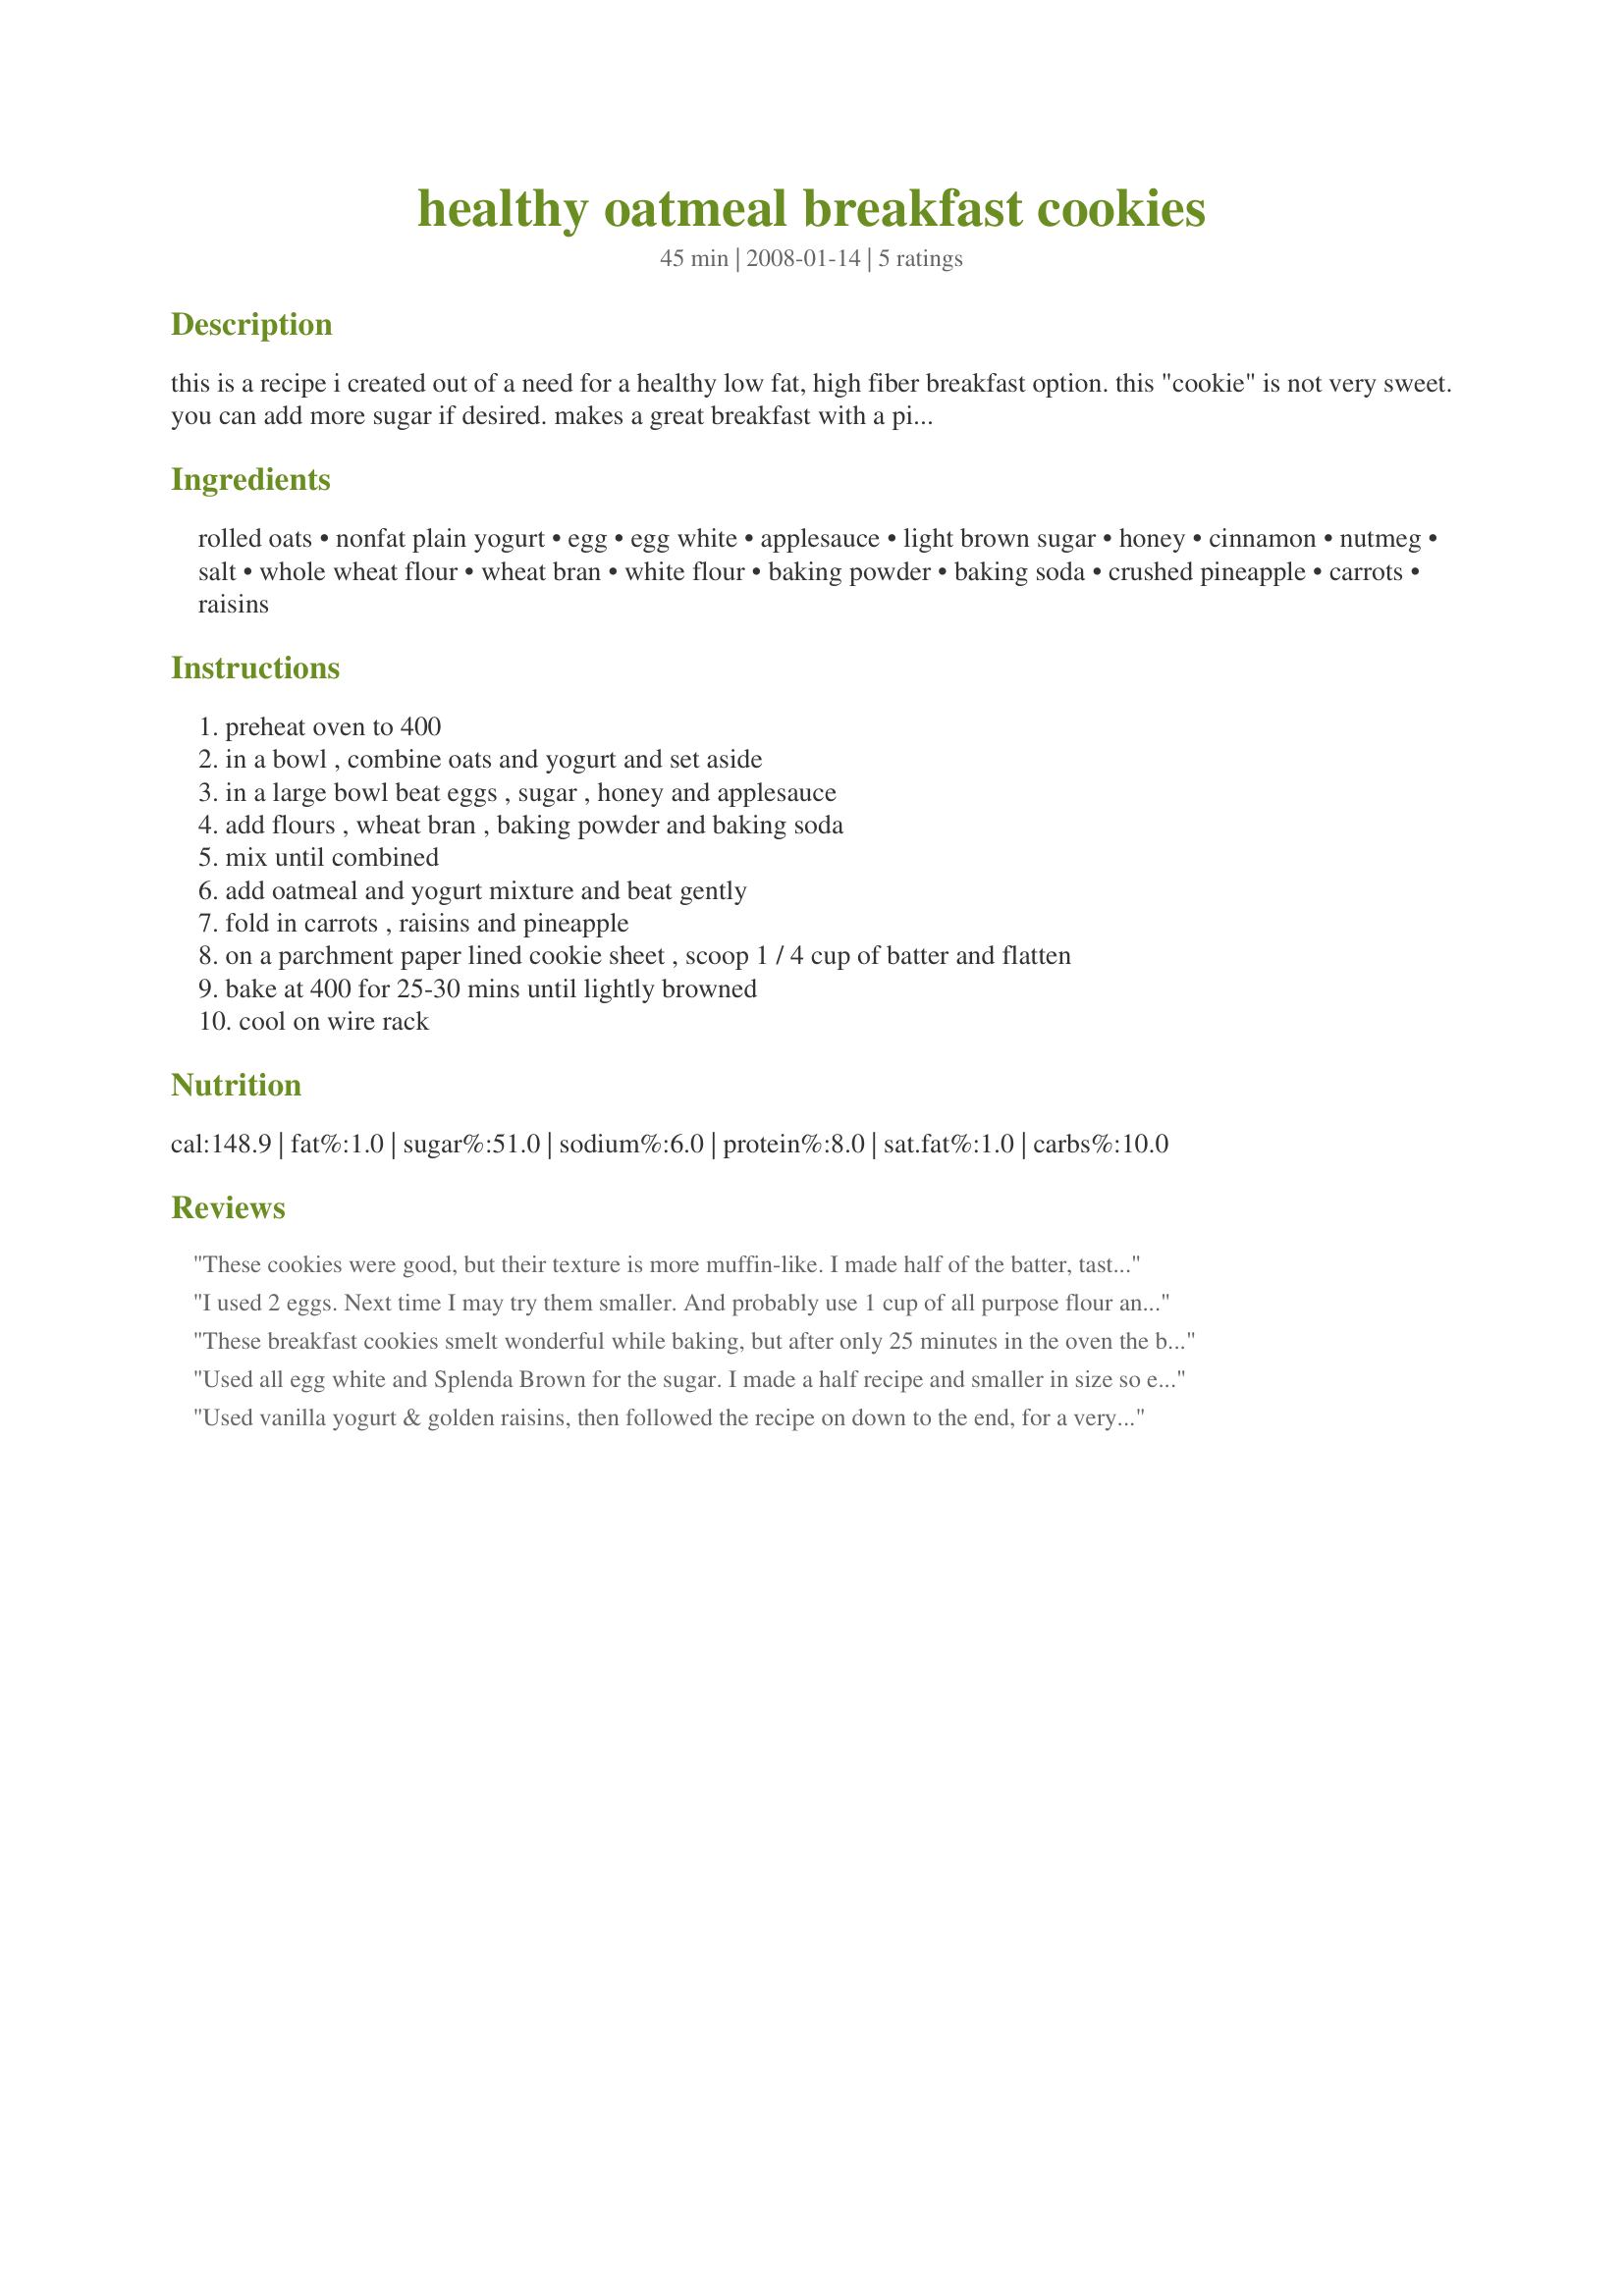
healthy oatmeal breakfast cookies
Preparation time: 45 minutes

this is a recipe i created out of a need for a healthy low fat, high fiber breakfast option. this "cookie" is not very sweet. you can add more sugar if desired. makes a great breakfast with a piece of fruit.

Ingredients:
rolled oats, nonfat plain yogurt, egg, egg white, applesauce, light brown sugar, honey, cinnamon, nutmeg, salt, whole wheat flour, wheat bran, white flour, baking powder, baking soda, crushed pineapple, carrots, raisins

Steps:
preheat oven to 400, in a bowl , combine oats and yogurt and set aside, in a large bowl beat eggs , sugar , honey and applesauce, add flours , wheat bran , baking powder and baking soda, mix until combined, add oatmeal and yogurt mixture and beat gently, fold in carrots , raisins and pineapple, on a parchment paper lined cookie sheet , scoop 1 / 4 cup of batter and flatten, bake at 400 for 25-30 mins until lightly browned, cool on wire rack

Reviews:
These cookies were good, but their texture is more muffin-like.

I made half of the batter, tasted them and then added another 1/4c. of brown sugar to the other half of the batter.

If I make these again I will definitely add more sugar!
I used 2 eggs. Next time I may try them smaller. And probably use 1 cup of all purpose flour and reduce by 1/2 cup the whole wheat flour. My son didn't like them probably because they're too healthy. But they're filling. I baked them 20 minutes and they were ready. Thanks healthycook :) Made for PAC Fall 2011
These breakfast cookies smelt wonderful while baking, but after only 25 minutes in the oven the bottoms of these cookies had burnt. All in all, for a healthy/high fiber breakfast cookie this was fairly good. I'm not certain if I will make again, but I am definately glad that I tried them. Thanks for sharing this recipe that you personally created yourself.
Used all egg white and Splenda Brown for the sugar. I made a half recipe and smaller in size so ended up with 14 cookies that are quite nice. As said, they aren't sweet but I don't think they really need to be any sweeter as they are meant for breakfast and not a sweet snack. Loved the pineapple, carrot and raisin combo. Mine came out on the soft and chewy side :D
Used vanilla yogurt & golden raisins, then followed the recipe on down to the end, for a very tasty breakfast (AND lunch!) treat! Something like the flavor of carrot cake, but with a new dimension, what with the addition of wheat flour & bran! Thanks for sharing! [Made & reviewed for one of my adoptees in this Spring's Pick-A-Chef]
